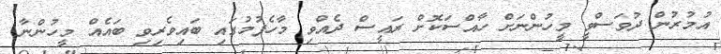
އުމުރުން ދުވަސްވީ މީހުންނަށް ހާއްސަކޮށް ރައީސް ދެއްވި މާހެފުމުގައި ބައިވެރިވި ބައެއް މީހުންނާ